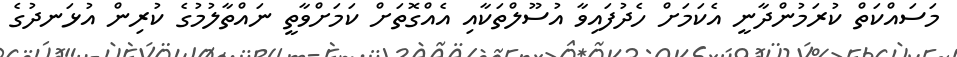
މަސައްކަތް ކުރަމުންދާނީ އެކަމަށް ހެދުފައިވާ އުސޫލްތަކާއި އެއްގޮތަށް ކަމަށްވާތީ ނައްތާލުމުގެ ކުރިން އުޅަނދުގެ